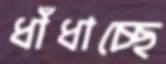
ধাঁধাচ্ছে